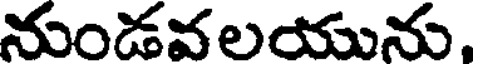
నుండవలయును,